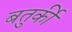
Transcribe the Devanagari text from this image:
बतुर्की